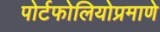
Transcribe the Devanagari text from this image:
पोर्टफोलियोप्रमाणे